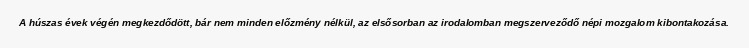
A húszas évek végén megkezdődött, bár nem minden előzmény nélkül, az elsősorban az irodalomban megszerveződő népi mozgalom kibontakozása.